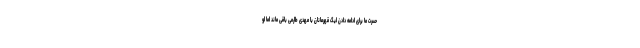
حسرت ما برای ادامه دادن لیگ قهرمانان با مهدی طارمی باقی ماند اما او